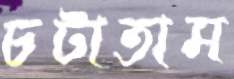
চটাতাম